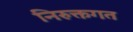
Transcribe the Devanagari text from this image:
निरुक्तगत